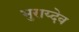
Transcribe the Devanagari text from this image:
भुराय्देव